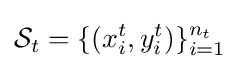
{\mathcal {S}}_{t}=\{(x_{i}^{t},y_{i}^{t})\}_{i=1}^{n_{t}}